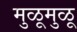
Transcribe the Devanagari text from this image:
मुळूमुळू